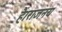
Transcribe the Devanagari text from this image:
हैं।राजनय